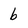
Character: b